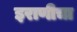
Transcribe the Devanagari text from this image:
इराणीचा